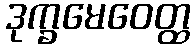
ဒုက္ခမေဝေတ္ထ